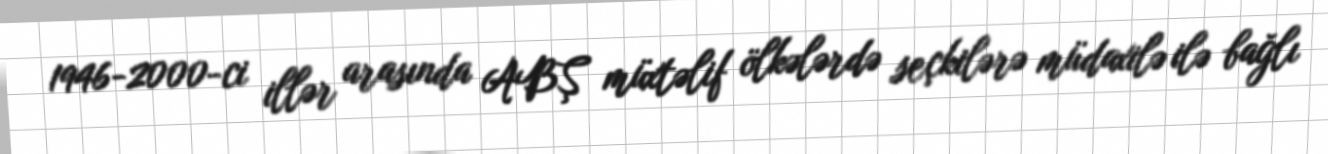
1946-2000-ci illər arasında ABŞ müxtəlif ölkələrdə seçkilərə müdaxilə ilə bağlı